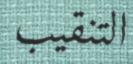
التنقيب